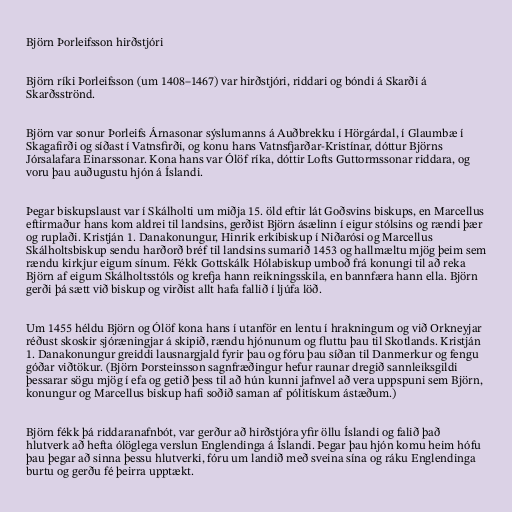
Björn Þorleifsson hirðstjóri

Björn ríki Þorleifsson (um 1408–1467) var hirðstjóri, riddari og bóndi á Skarði á
Skarðsströnd.

Björn var sonur Þorleifs Árnasonar sýslumanns á Auðbrekku í Hörgárdal, í Glaumbæ í
Skagafirði og síðast í Vatnsfirði, og konu hans Vatnsfjarðar-Kristínar, dóttur Björns
Jórsalafara Einarssonar. Kona hans var Ólöf ríka, dóttir Lofts Guttormssonar riddara, og
voru þau auðugustu hjón á Íslandi.

Þegar biskupslaust var í Skálholti um miðja 15. öld eftir lát Goðsvins biskups, en Marcellus
eftirmaður hans kom aldrei til landsins, gerðist Björn ásælinn í eigur stólsins og rændi þær
og ruplaði. Kristján 1. Danakonungur, Hinrik erkibiskup í Niðarósi og Marcellus
Skálholtsbiskup sendu harðorð bréf til landsins sumarið 1453 og hallmæltu mjög þeim sem
rændu kirkjur eigum sínum. Fékk Gottskálk Hólabiskup umboð frá konungi til að reka
Björn af eigum Skálholtsstóls og krefja hann reikningsskila, en bannfæra hann ella. Björn
gerði þá sætt við biskup og virðist allt hafa fallið í ljúfa löð.

Um 1455 héldu Björn og Ólöf kona hans í utanför en lentu í hrakningum og við Orkneyjar
réðust skoskir sjóræningjar á skipið, rændu hjónunum og fluttu þau til Skotlands. Kristján
1. Danakonungur greiddi lausnargjald fyrir þau og fóru þau síðan til Danmerkur og fengu
góðar viðtökur. (Björn Þorsteinsson sagnfræðingur hefur raunar dregið sannleiksgildi
þessarar sögu mjög í efa og getið þess til að hún kunni jafnvel að vera uppspuni sem Björn,
konungur og Marcellus biskup hafi soðið saman af pólitískum ástæðum.)

Björn fékk þá riddaranafnbót, var gerður að hirðstjóra yfir öllu Íslandi og falið það
hlutverk að hefta ólöglega verslun Englendinga á Íslandi. Þegar þau hjón komu heim hófu
þau þegar að sinna þessu hlutverki, fóru um landið með sveina sína og ráku Englendinga
burtu og gerðu fé þeirra upptækt.